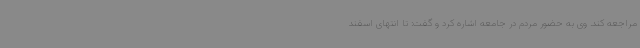
مراجعه کند. وی به حضور مردم در جامعه اشاره کرد و گفت: تا انتهای اسفند